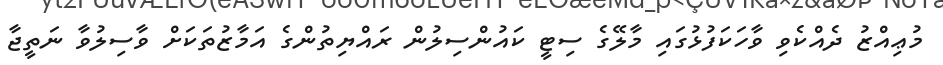
މުޢިއްޒު ދެއްކެވި ވާހަކަފުޅުގައި މާލޭގެ ސިޓީ ކައުންސިލުން ރައްޔިތުންގެ އަމާޒުތަކަށް ވާސިލުވާ ނަތީޖާ